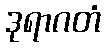
ဒုရာဂတံ